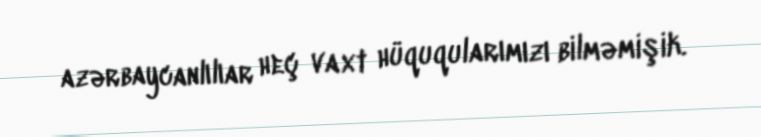
azərbaycanlılıar heç vaxt hüquqularımızı bilməmişik.